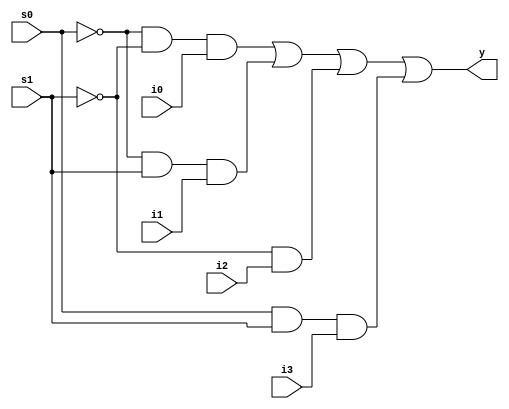
module mux4to1_dl(s0, s1, i0, i1, i2, i3, y);
input s0, s1, i0, i1, i2, i3;
output y;

assign y = ((~s0)&(~s1)&i0)|((~s0)&(s1)&i1)|((~0)&(~s1)&i2)|((s0)&(s1)&i3);

endmodule

module mux4to1_dl_tb;

reg s0, s1, i0, i1, i2, i3;
wire y;

mux4to1_dl i(s0, s1, i0, i1, i2, i3, y);

initial
begin
	s0 = 1'b0; s1 = 1'b0; i0 = 1'b0; i1 = 1'b0; i2 = 1'b0; i3 = 1'b0;
	$monitor ("Time:%f, s0:%b s1:%b i0:%b i1:%b i2:%b i3:%b y:%b",$time, s0, s1, i0, i1, i2, i3, y);
	#5 s0 = 1'b0; s1 = 1'b0; i0 = 1'b0; i1 = 1'b0; i2 = 1'b0; i3 = 1'b0;
	#5 s0 = 1'b0; s1 = 1'b0; i0 = 1'b1; i1 = 1'b0; i2 = 1'b0; i3 = 1'b0;
	#5 s0 = 1'b0; s1 = 1'b1; i0 = 1'b0; i1 = 1'b0; i2 = 1'b0; i3 = 1'b0;
	#5 s0 = 1'b0; s1 = 1'b1; i0 = 1'b0; i1 = 1'b1; i2 = 1'b0; i3 = 1'b0;
	#5 s0 = 1'b1; s1 = 1'b0; i0 = 1'b0; i1 = 1'b0; i2 = 1'b0; i3 = 1'b0;
	#5 s0 = 1'b1; s1 = 1'b0; i0 = 1'b0; i1 = 1'b0; i2 = 1'b1; i3 = 1'b0;
	#5 s0 = 1'b1; s1 = 1'b1; i0 = 1'b0; i1 = 1'b0; i2 = 1'b0; i3 = 1'b0;
	#5 s0 = 1'b1; s1 = 1'b1; i0 = 1'b0; i1 = 1'b0; i2 = 1'b0; i3 = 1'b1;
end
endmodule